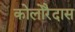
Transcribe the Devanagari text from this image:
कोलोरैदास